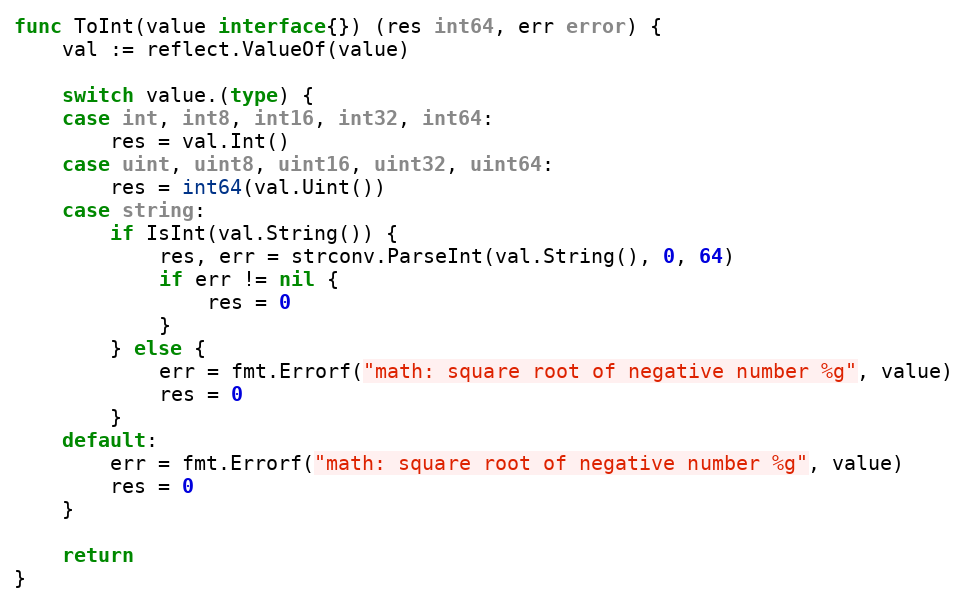
Language: Go
func ToInt(value interface{}) (res int64, err error) {
	val := reflect.ValueOf(value)

	switch value.(type) {
	case int, int8, int16, int32, int64:
		res = val.Int()
	case uint, uint8, uint16, uint32, uint64:
		res = int64(val.Uint())
	case string:
		if IsInt(val.String()) {
			res, err = strconv.ParseInt(val.String(), 0, 64)
			if err != nil {
				res = 0
			}
		} else {
			err = fmt.Errorf("math: square root of negative number %g", value)
			res = 0
		}
	default:
		err = fmt.Errorf("math: square root of negative number %g", value)
		res = 0
	}

	return
}